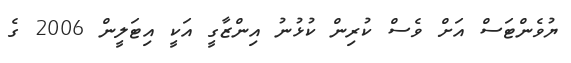
ޔުވެންޓަސް އަށް ވެސް ކުރިން ކުޅުނު އިންޒާގީ އަކީ އިޓަލީން 2006 ގެ